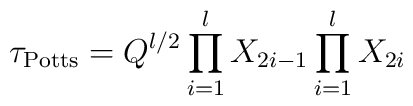
\tau_{{\rm Potts}}=Q^{l/2} \prod_{i=1}^{l}X_{2i-1}\prod_{i=1}^{l}X_{2i}